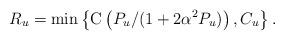
LaTeX: \begin{align*}R_{u}=\min\left\{ \mathrm{C}\left(P_{u}/(1+2\alpha^{2}P_{u})\right),C_{u}\right\} .\end{align*}